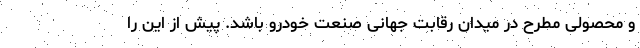
و محصولی مطرح در میدان رقابت جهانی صنعت خودرو باشد. پیش از این را